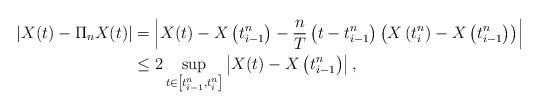
LaTeX: \begin{align*} \left|X(t)-\Pi_nX(t)\right| &= \left|X(t) - X\left(t^n_{i-1}\right)-{n \over T}\left(t-t^n_{i-1}\right)\left(X\left(t^n_{i}\right)- X\left(t^n_{i-1}\right)\right)\right|\\ &\leq 2 \sup_{t\in \left[t^n_{i-1},t^n_{i}\right]}\left| X(t)- X\left(t^n_{i-1}\right)\right|, \end{align*}